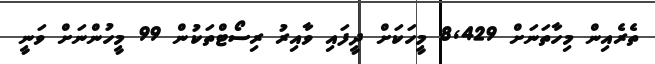
ތެރެއިން މިހާތަނަށް 8